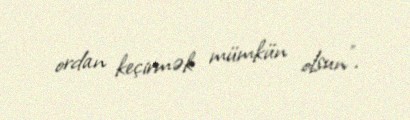
ordan keçirmək mümkün olsun".